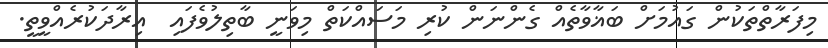
މިފަރާތްތަކުން ގައުމަށް ބަޣާވާތެއް ގެންނަން ކުރި މަސައްކަތް މިވަނީ ބާތިލުވެފައި  އިރާދަކުރެއްވީތީ.